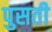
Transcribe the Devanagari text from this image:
पुसती